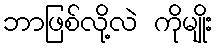
ဘာဖြစ်လို့လဲ ကိုမျိုး